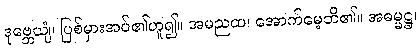
ဒုဗ္ဘေယျံ၊ ပြစ်မှားအပ်၏ဟူ၍။ အမညထ၊ အောက်မေ့ဘိ၏။ အဓမ္မဋ္ဌ၊